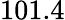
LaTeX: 101.4